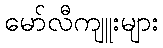
မော်လီကျူးများ